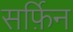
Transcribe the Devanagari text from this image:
सर्फ़िन